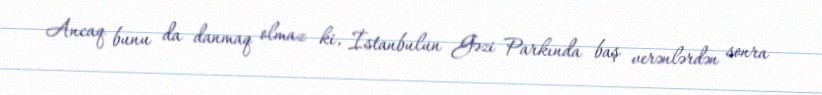
Ancaq bunu da danmaq olmaz ki, İstanbulun Gəzi Parkında baş verənlərdən sonra